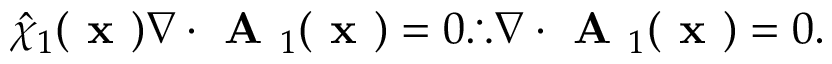
\hat { \chi } _ { 1 } ( \textbf { x } ) \nabla \boldsymbol { \cdot } \textbf { A } _ { 1 } ( \textbf { x } ) = 0 \therefore \nabla \boldsymbol { \cdot } \textbf { A } _ { 1 } ( \textbf { x } ) = 0 .